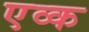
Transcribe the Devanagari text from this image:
एव्क